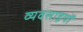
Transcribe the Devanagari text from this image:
व्यवसाइयों